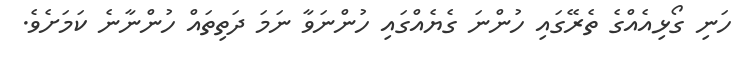
ހަނި ގޯޅިއެއްގެ ތެރޭގައި ހުންނަ ގެޔެއްގައި ހުންނަވާ ނަމަ ދަތިތައް ހުންނާނެ ކަމަށެވެ.